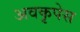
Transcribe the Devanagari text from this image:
अवकृपेस